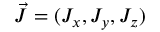
\vec { J } = ( J _ { x } , J _ { y } , J _ { z } )